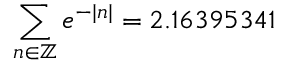
\sum _ { n \in \mathbb { Z } } e ^ { - | n | } = 2 . 1 6 3 9 5 3 4 1